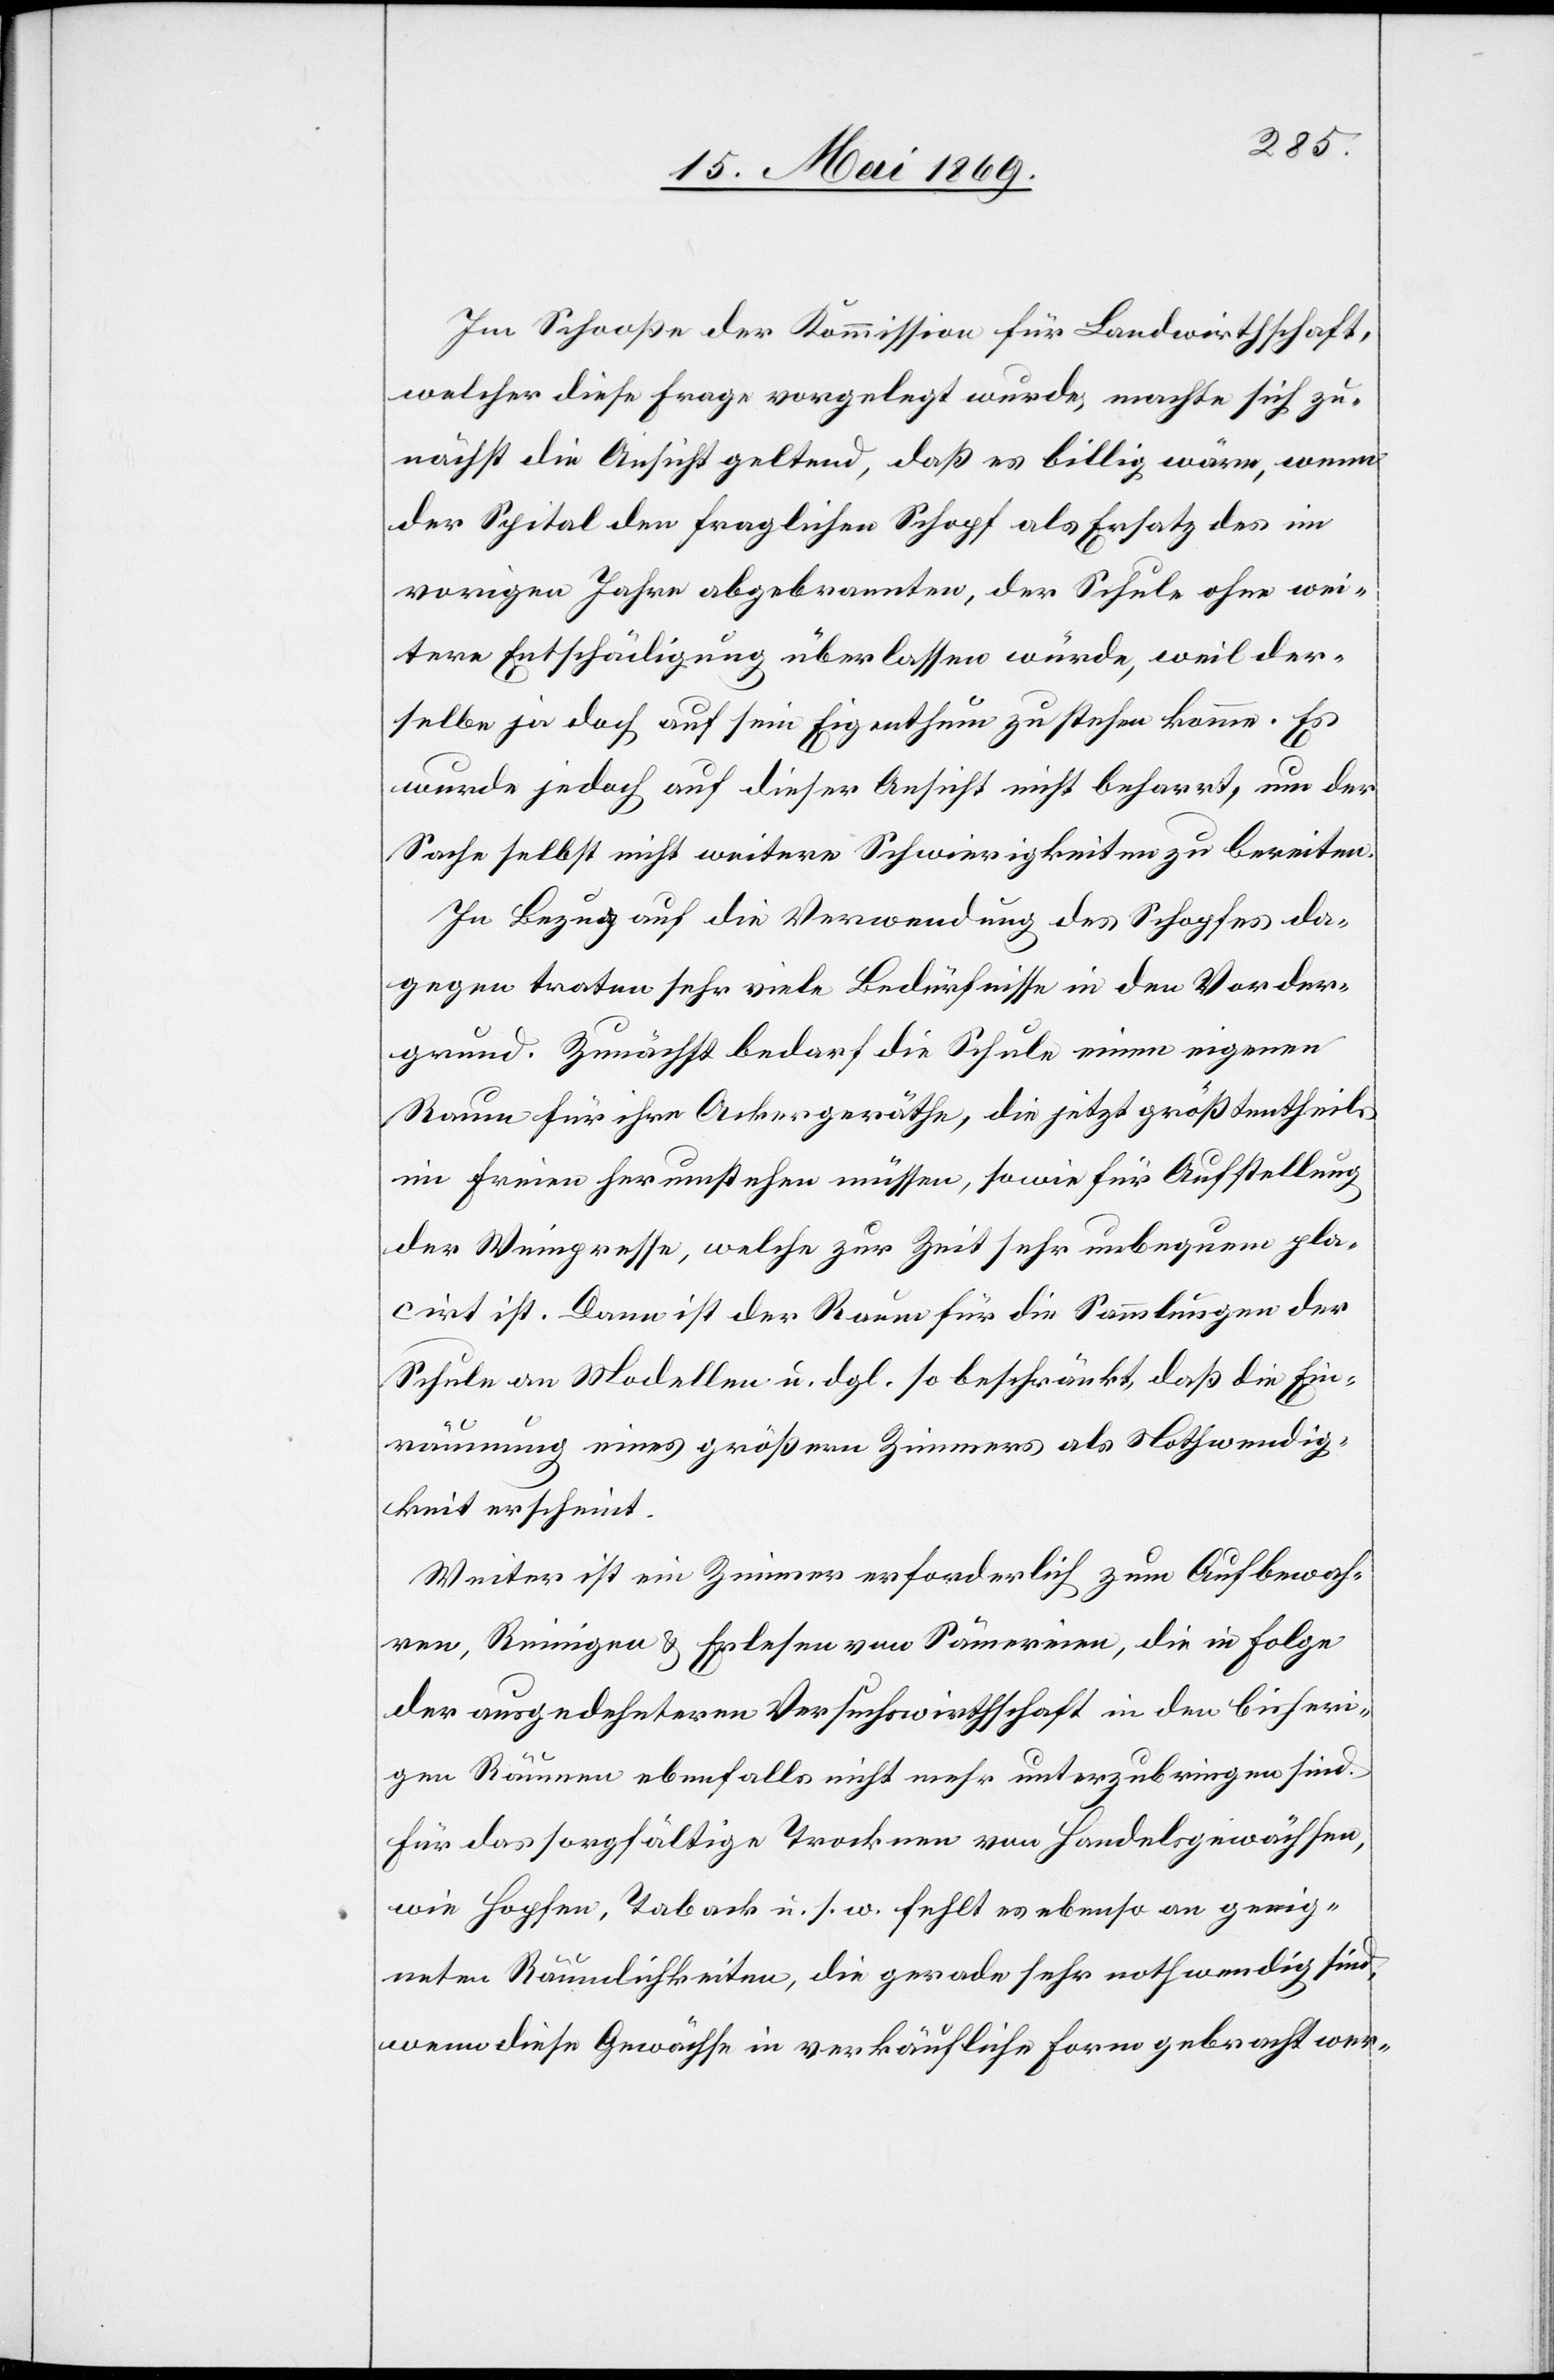
Im Schooße der Kommission für Landwirthschaft,
welcher diese Frage vorgelegt wurde, machte sich zu¬
nächst die Ansicht geltend, daß es billig wäre, wenn
der Spital den fraglichen Schopf als Ersatz des im
vorigen Jahre abgebrannten, der Schule ohne wei¬
tere Entschädigung überlassen würde, weil der¬
selbe ja doch auf sein Eigenthum zustehen komme. Es
wurde jedoch auf dieser Ansicht nicht beharrt, um der
Sache selbst nicht weitere Schwierigkeiten zu bereiten.
In Bezug auf die Verwendung des Schopfes da¬
gegen traten sehr viele Bedürfnisse in den Vorder¬
grund. Zunächst bedarf die Schule einen eigenen
Raum für ihre Ackergeräthe, die jetzt größtentheils
im Freien herumstehen müssen, sowie für Aufstellung
der Weinpresse, welche zur Zeit sehr unbequem pla¬
cirt ist. Dann ist der Raum für die Sammlungen der
Schule an Modellen u. dgl. so beschränkt, daß die Ein¬
räumung eines größern Zimmers als Nothwendig¬
keit erscheint.
Weiter ist ein Zimmer erforderlich zum Aufbewah¬
ren, Reinigen u. Erlesen von Säumereien, die in Folge
der ausgedehntern Versuchswirthschaft in den bisheri¬
gen Räumen ebenfalls nicht mehr unterzubringen sind.
Für das sorgfältige Trocknen von Handelsgewächsen,
wie Hopfen, Tabak u. s. w. fehlt es ebenso an geeig¬
neten Räumlichkeiten, die gerade sehr nothwendig sind,
wenn diese Gewächse in vorkäufliche Form gebracht wer-